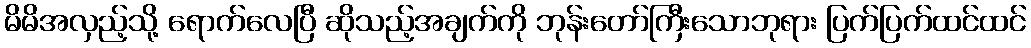
မိမိအလှည့်သို့ ရောက်လေပြီ ဆိုသည့်အချက်ကို ဘုန်းတော်ကြီးသောဘုရား ပြက်ပြက်ထင်ထင်